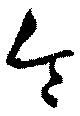
令